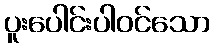
ပူးပေါင်းပါဝင်သော